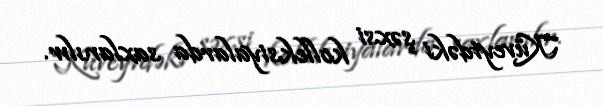
Küveytdəki şəxsi kolleksiyalarda saxlanılır.